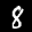
Label: 8